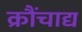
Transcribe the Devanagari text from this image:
क्रौंचाद्य